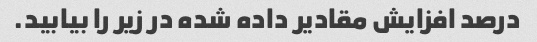
درصد افزایش مقادیر داده شده در زیر را بیابید.